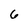
Character: 6